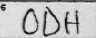
Transcription: ODH